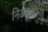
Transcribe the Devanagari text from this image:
निडणुकीच्या